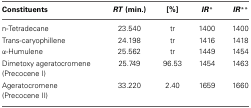
| Constituents | RT (min.) | [%] | IR* | IR** |
 | --- | --- | --- | --- | --- |
 | n-Tetradecane | 23.540 | tr | 1400 | 1400 |
 | Trans-caryophillene | 24.198 | tr | 1416 | 1418 |
 | α-Humulene | 25.562 | tr | 1449 | 1454 |
 | Dimetoxy ageratocromene (Precocene I) | 25.749 | 96.53 | 1454 | 1463 |
 | Ageratocromene (Precocene II) | 33.220 | 2.40 | 1659 | 1660 |